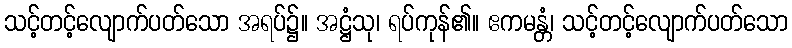
သင့်တင့်လျောက်ပတ်သော အရပ်၌။ အဋ္ဌံသု၊ ရပ်ကုန်၏။ ဧကမန္တံ၊ သင့်တင့်လျောက်ပတ်သော